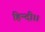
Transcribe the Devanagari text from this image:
हिन्दी।।